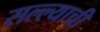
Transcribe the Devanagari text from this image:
सल्ल्याची